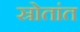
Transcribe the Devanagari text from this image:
स्रोतांत